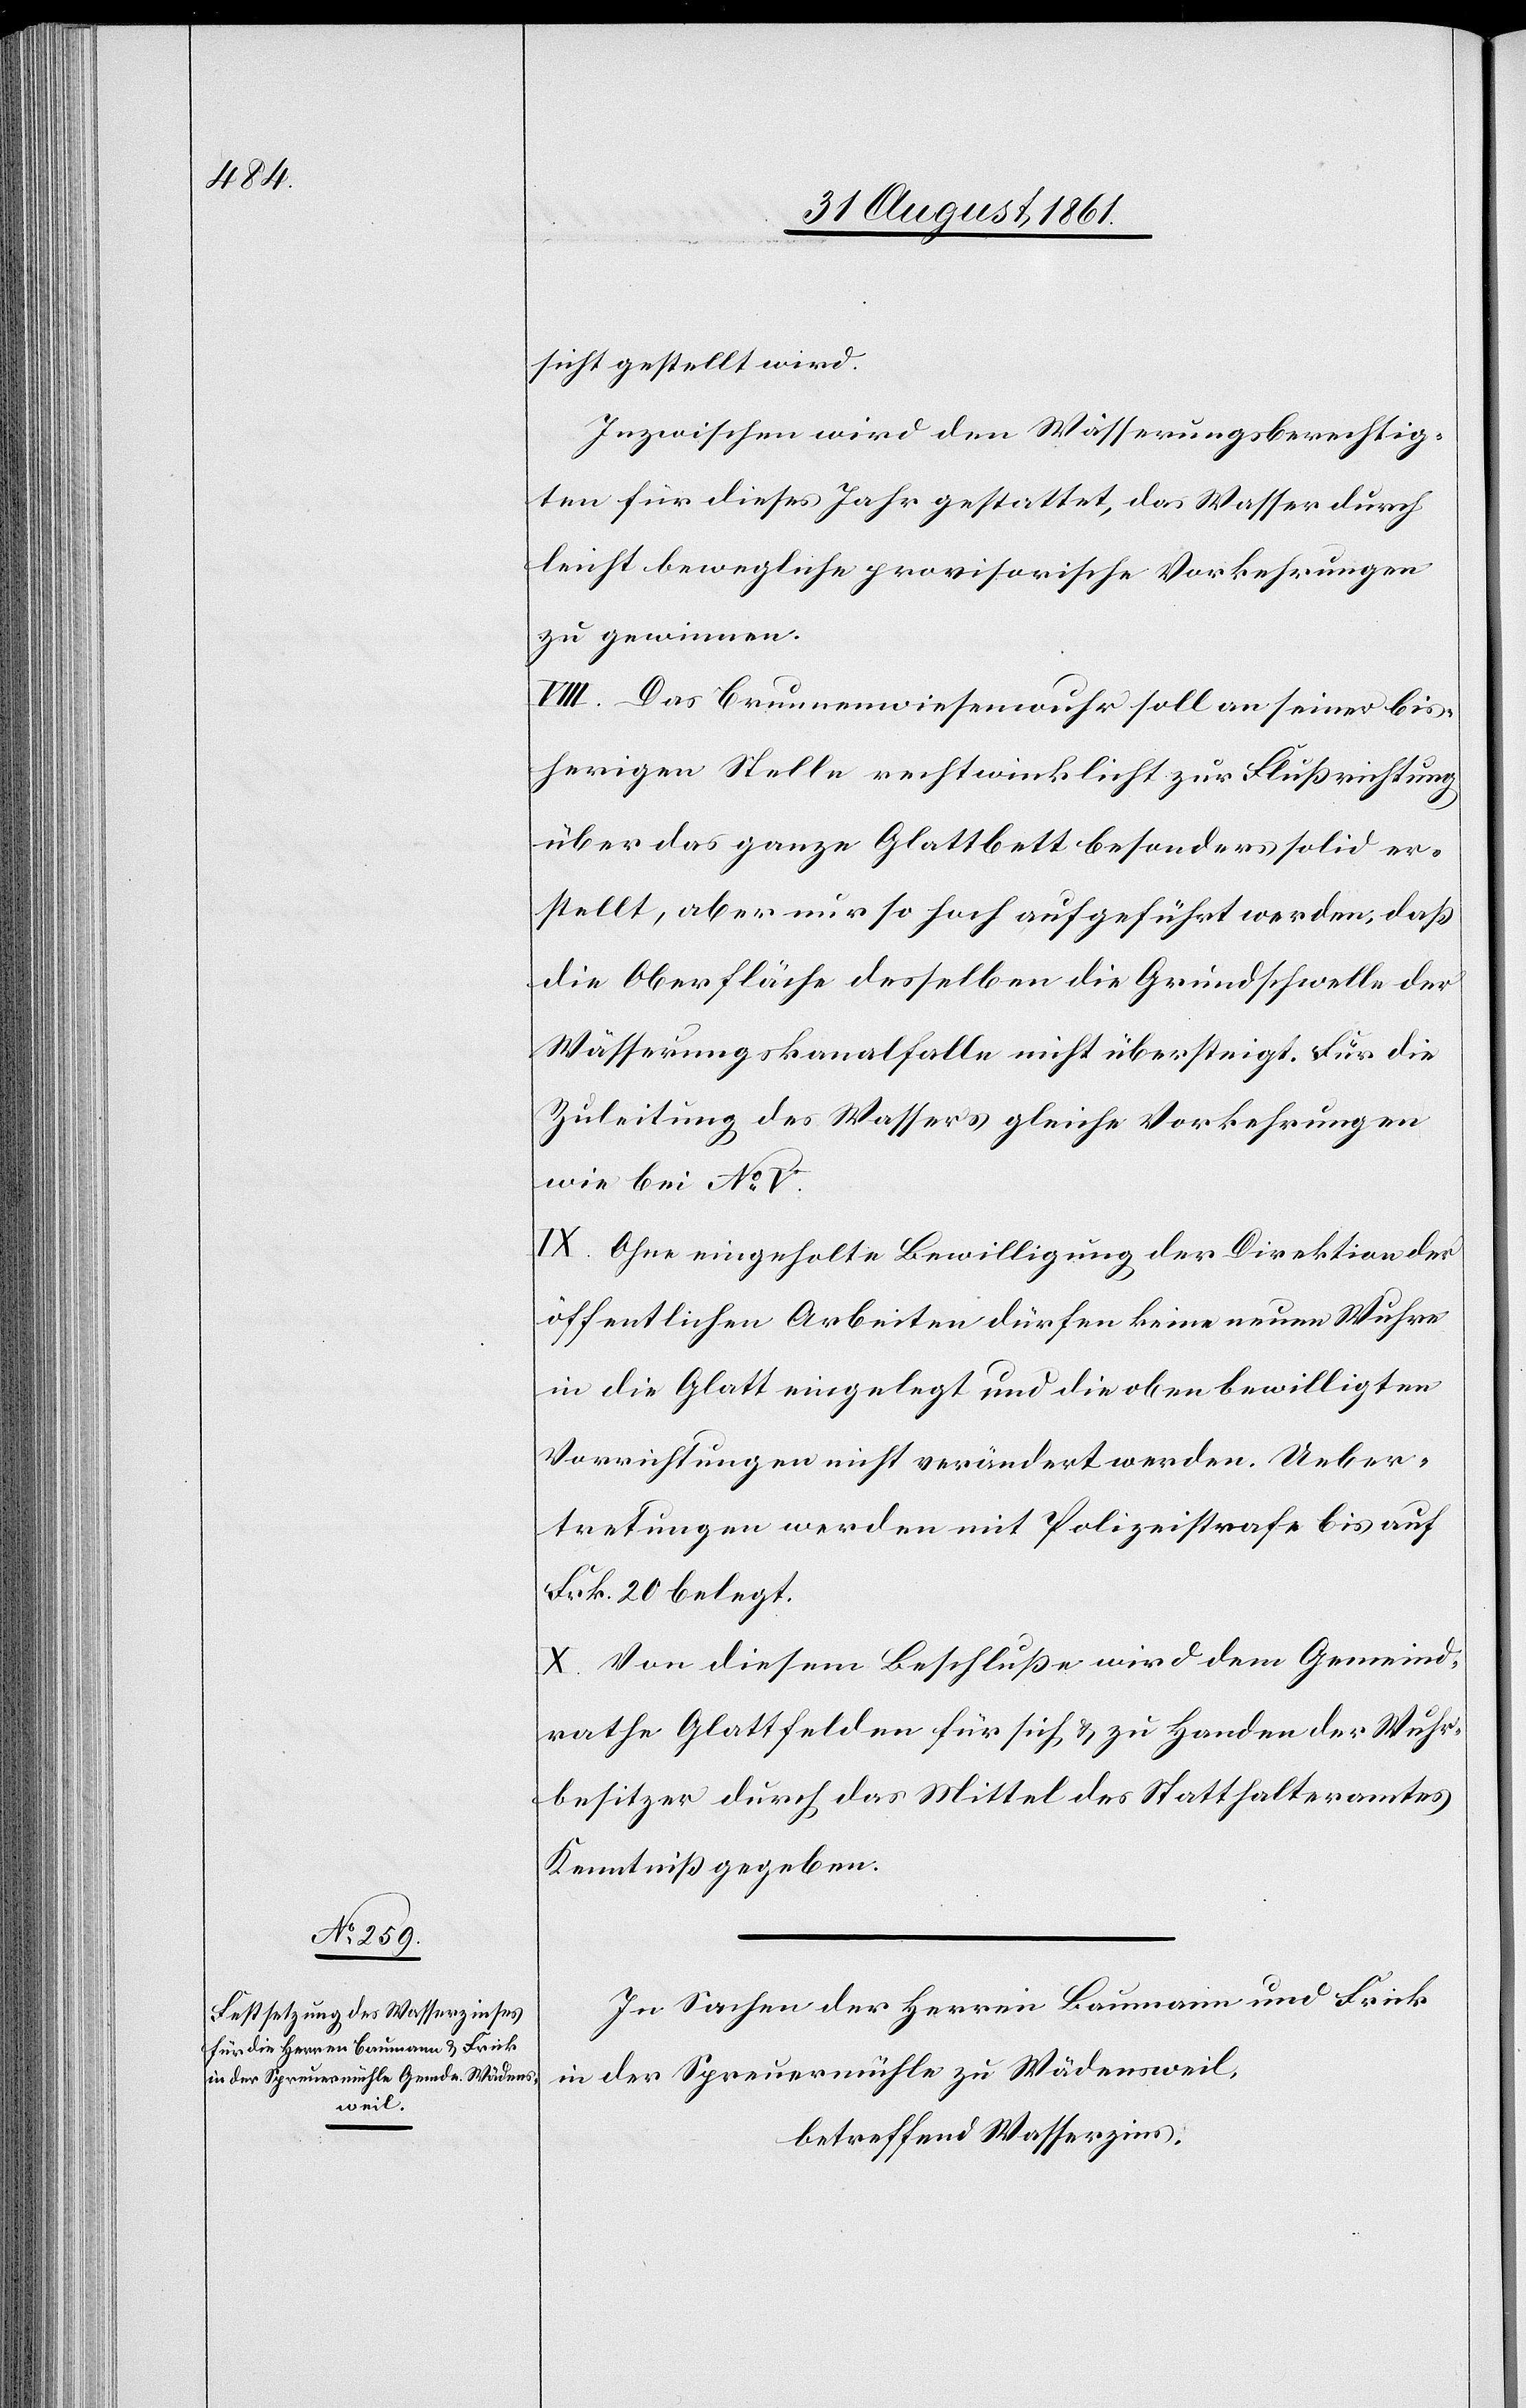
sicht gestellt wird.
Inzwischen wird den Wässerungsberechtig¬
ten für dieses Jahr gestattet, das Wasser durch
leicht bewegliche provisorische Vorkehrungen
zu gewinnen.
VIII. Das Brunnenwiesenwuhr soll an seiner bis¬
herigen Stelle rechtwinklich zur Flußrichtung
über das ganze Glattbett besonders solid er¬
stellt, aber nur so hoch aufgeführt werden, daß
die Oberfläche desselben die Grundschwelle der
Wässerungskanalfalle nicht übersteigt. Für die
Zuleitung des Wassers gleiche Vorkehrungen
wie bei N° V.
IX. Ohne eingeholte Bewilligung der Direktion der
öffentlichen Arbeiten dürfen keine neuen Wuhre
in die Glatt eingelegt und die oben bewilligten
Vorrichtungen nicht verändert werden. Ueber¬
tretungen werden mit Polizeistrafe bis auf
Frk. 20 belegt.
X. Von diesem Beschlusse wird dem Gemeind¬
rathe Glattfelden für sich, u. zu Handen der Wuhr¬
besitzer durch das Mittel des Statthalteramtes
Kenntniß gegeben.
In Sachen der Herren Baumann u. Frick
in der Spreuermühle zu Wädensweil,
betreffend Wasserzins,